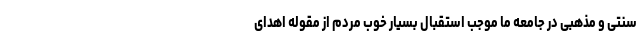
سنتی و مذهبی در جامعه ما موجب استقبال بسیار خوب مردم از مقوله اهدای